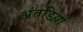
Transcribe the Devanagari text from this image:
अंतडिय़ों